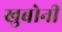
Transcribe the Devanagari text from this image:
खुबोनी